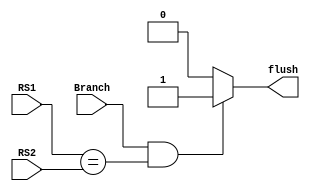
module Flush (
    RS1,
    RS2,
    Branch,
    flush
);

    input [31:0] RS1;
    input [31:0] RS2;
    input Branch;
    output reg flush;

    initial begin
        flush = 1'b0;
    end

    always @(*) begin
        if (Branch == 1'b1 && (RS1 == RS2)) begin
            flush = 1'b1;
        end else begin
            flush = 1'b0;
        end
    end

endmodule